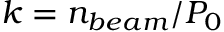
k = n _ { b e a m } / P _ { 0 }